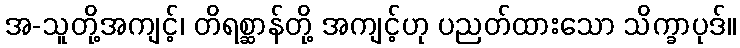
အ-သူတို့အကျင့်၊ တိရစ္ဆာန်တို့ အကျင့်ဟု ပညတ်ထားသော သိက္ခာပုဒ်။